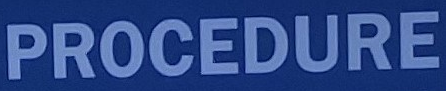
PROCEDURE